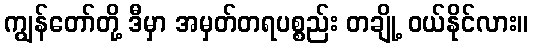
ကျွန်တော်တို့ ဒီမှာ အမှတ်တရပစ္စည်း တချို့ ဝယ်နိုင်လား။